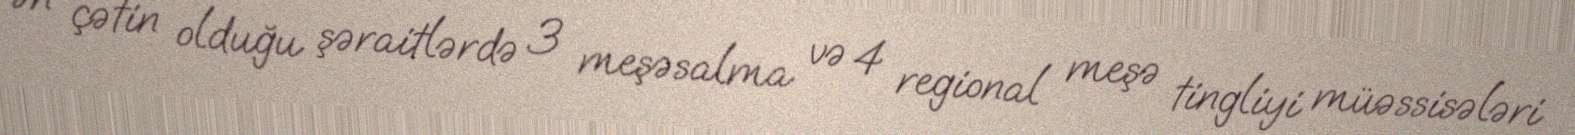
ən çətin olduğu şəraitlərdə 3 meşəsalma və 4 regional meşə tingliyi müəssisələri